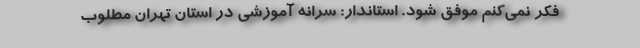
فکر نمی‌کنم موفق شود. استاندار: سرانه آموزشی در استان تهران مطلوب